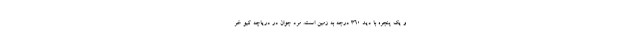
و یک پنجره با دید ۳۶۰ درجه به زمین است. مرد جوان در دریاچه کیو خر